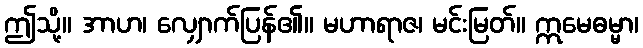
ဤသို့။ အာဟ၊ လျှောက်ပြန်၏။ မဟာရာဇ၊ မင်းမြတ်။ ဣမေဓမ္မာ၊